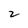
Character: 2